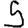
Digit: 5